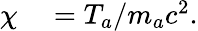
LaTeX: \begin{array}{rl}{\chi}&{{}=T_{a}/m_{a}c^{2}.}\end{array}